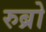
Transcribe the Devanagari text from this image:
रुब्रो